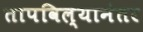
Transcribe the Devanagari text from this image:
तापविल्यानंतर